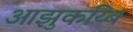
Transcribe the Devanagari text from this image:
आझुकय्बि